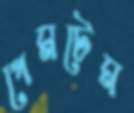
গেমটেম